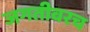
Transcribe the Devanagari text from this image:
जगतीवरच